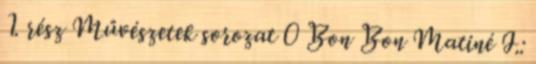
1. rész Művészetek sorozat 0 Bon Bon Matiné I.: